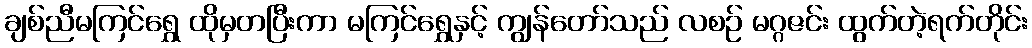
ချစ်ညီမကြင်ရွှေ ထိုမှတပြီးကာ မကြင်ရွှေနှင့် ကျွန်တော်သည် လစဉ် မဂ္ဂဇင်း ထွက်တဲ့ရက်တိုင်း